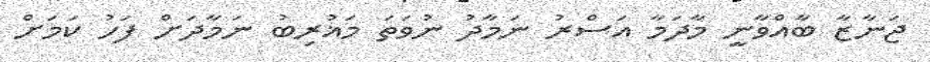
ޖަނާޒާ ބާއްވާނީ މާދަމާ އަސްރު ނަމާދު ނުވަތަ މަޣުރިބު ނަމާދަށް ފަހު ކަމަށް